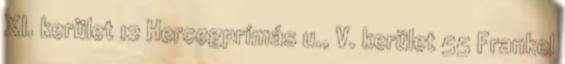
XI. kerület 12 Hercegprímás u., V. kerület 55 Frankel